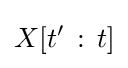
X[t'\,\mathrel {:} \,t]